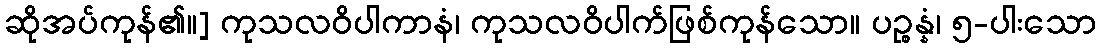
ဆိုအပ်ကုန်၏။] ကုသလဝိပါကာနံ၊ ကုသလဝိပါက်ဖြစ်ကုန်သော။ ပဉ္စန္နံ၊ ၅-ပါးသော